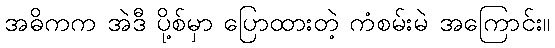
အဓိကက အဲဒီ ပို့စ်မှာ ပြောထားတဲ့ ကံစမ်းမဲ အကြောင်း။